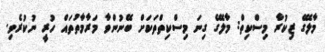
މާލޭގެ ޒިކުރާ މިސްކިތް: މާލޭގެ ގިނަ މިސްކިތްތަކަށް ބޭނުންވާ މަރާމާތުތައް ހުރީ ނުކުރެވި.